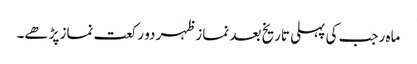
ماہ رجب کی پہلی تاریخ بعد نماز ظہر دو رکعت نماز پڑھے۔